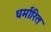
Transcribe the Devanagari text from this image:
धर्मांरित